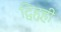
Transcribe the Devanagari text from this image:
द्विहृही